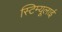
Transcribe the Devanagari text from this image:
स्टिम्यूलाई